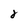
Character: 2